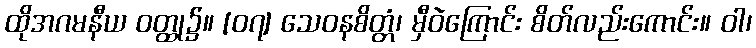
ထိုအဂမနီယ ဝတ္ထု၌။ [၀၇] သေဝနစိတ္တံ၊ မှီဝဲကြောင်း စိတ်လည်းကောင်း။ ဝါ၊